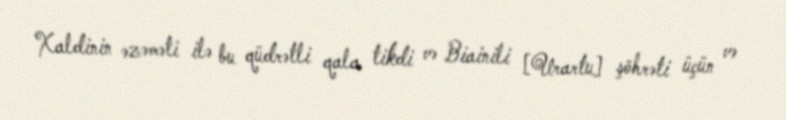
Xaldinin əzəməti ilə bu qüdrətli qala tikdi və Biainili [Urartu] şöhrəti üçün və